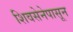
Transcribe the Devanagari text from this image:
शिवसेनेपासून